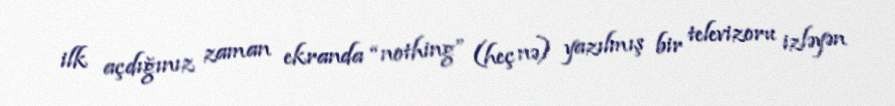
ilk açdığınız zaman ekranda “nothing” (heç nə) yazılmış bir televizoru izləyən